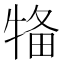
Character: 𤙳